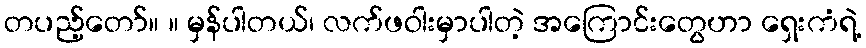
တပည့်တော်။ ။ မှန်ပါတယ်၊ လက်ဖဝါးမှာပါတဲ့ အကြောင်းတွေဟာ ရှေးကံရဲ့